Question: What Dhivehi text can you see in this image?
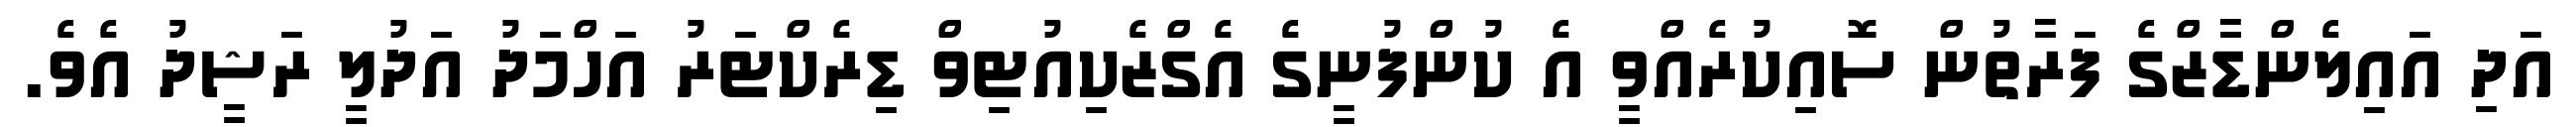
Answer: އަދި އައިލެންޑާޒްގެ ފަރާތުން ސޮއިކުރެއްވީ އެ ކުންފުނީގެ އެގްޒެކިއުޓިވް ޑިރެކްޓަރު އަހްމަދު އަދުލީ ރަޝީދު އެވެ.